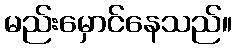
မည်းမှောင်နေသည်။